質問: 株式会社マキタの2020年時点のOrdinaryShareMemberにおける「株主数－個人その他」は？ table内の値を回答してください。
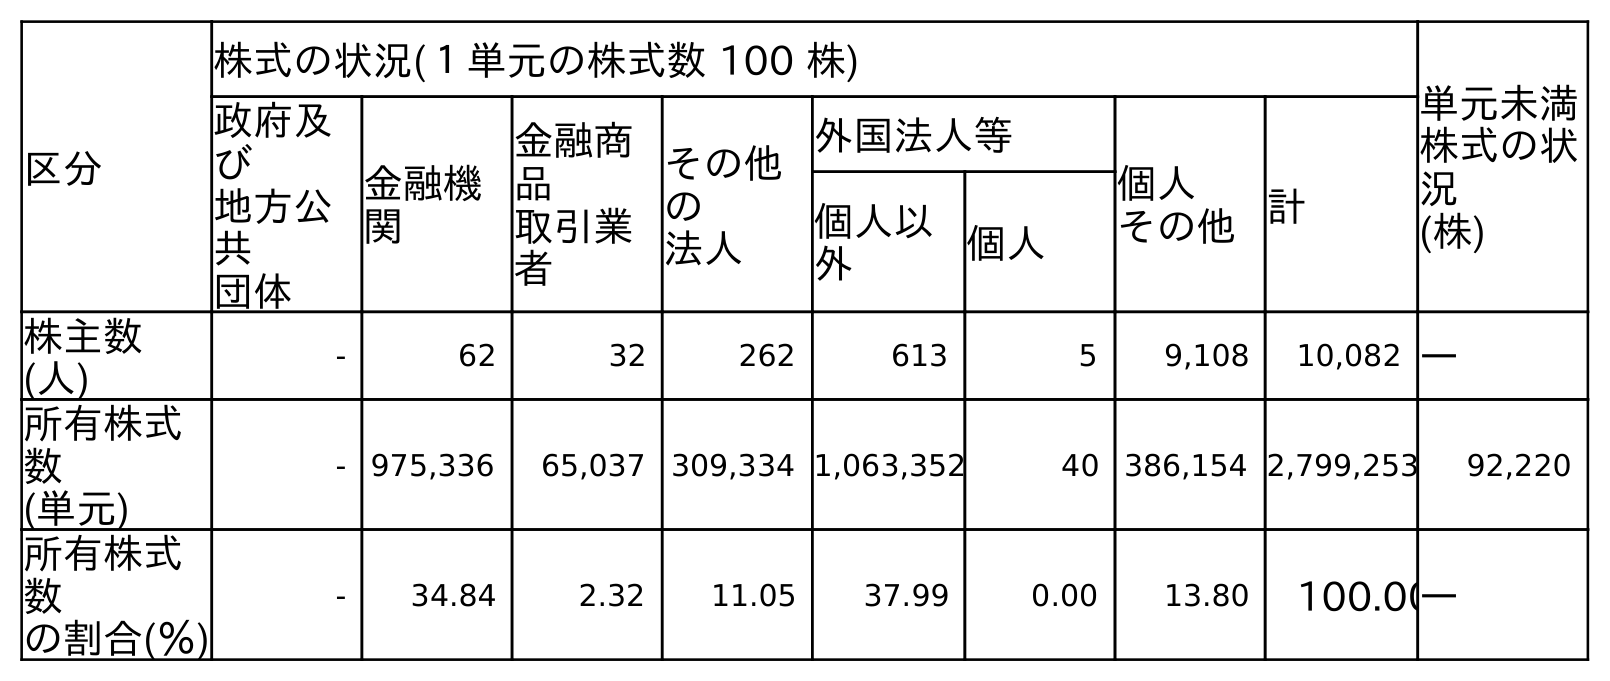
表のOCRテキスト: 区分 株式の状況(１単元の株式数 100 株) 単元未満 株式の状 況 (株) 政府及 び 地方公 共 団体 金融機 関 金融商 品 取引業 者 その他 の 法人 外国法人等 個人 その他計 個人以 外 個人 株主数 (人) - 62 32 262 613 5 9,108 10,082 ― 所有株式 数 (単元) - 975,336 65,037 309,334 1,063,352 40 386,154 2,799,253 92,220 所有株式 数 の割合(％) - 34.84 2.32 11.05 37.99 0.00 13.80 100.00―
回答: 9,108